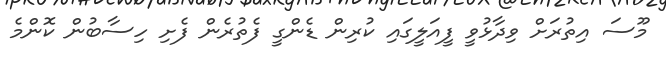
މޫސަ އިތުރަށް ވިދާޅުވީ ފީއަލީގައި ކުރިން ޑެންގީ ފެތުރެން ފެށި ހިސާބުން ކޮންމެ